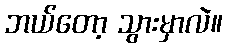
ဘယ်တော့ သွားမှာလဲ။